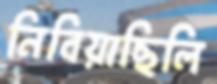
নিবিয়াছিলি